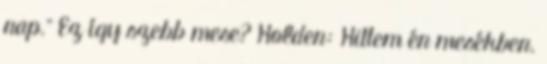
nap." Ez így szebb mese? Holden: Hittem én mesékben.